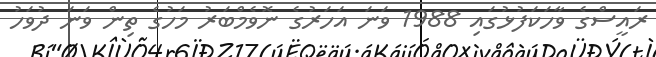
ރައީސްގެ ވާހަކަފުޅުގައި 1988 ވަނަ އަހަރުގެ ނޮވެމްބަރު މަހުގެ ތިން ވަނަ ދުވަހު